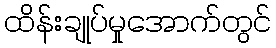
ထိန်းချုပ်မှုအောက်တွင်